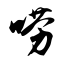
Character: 唠